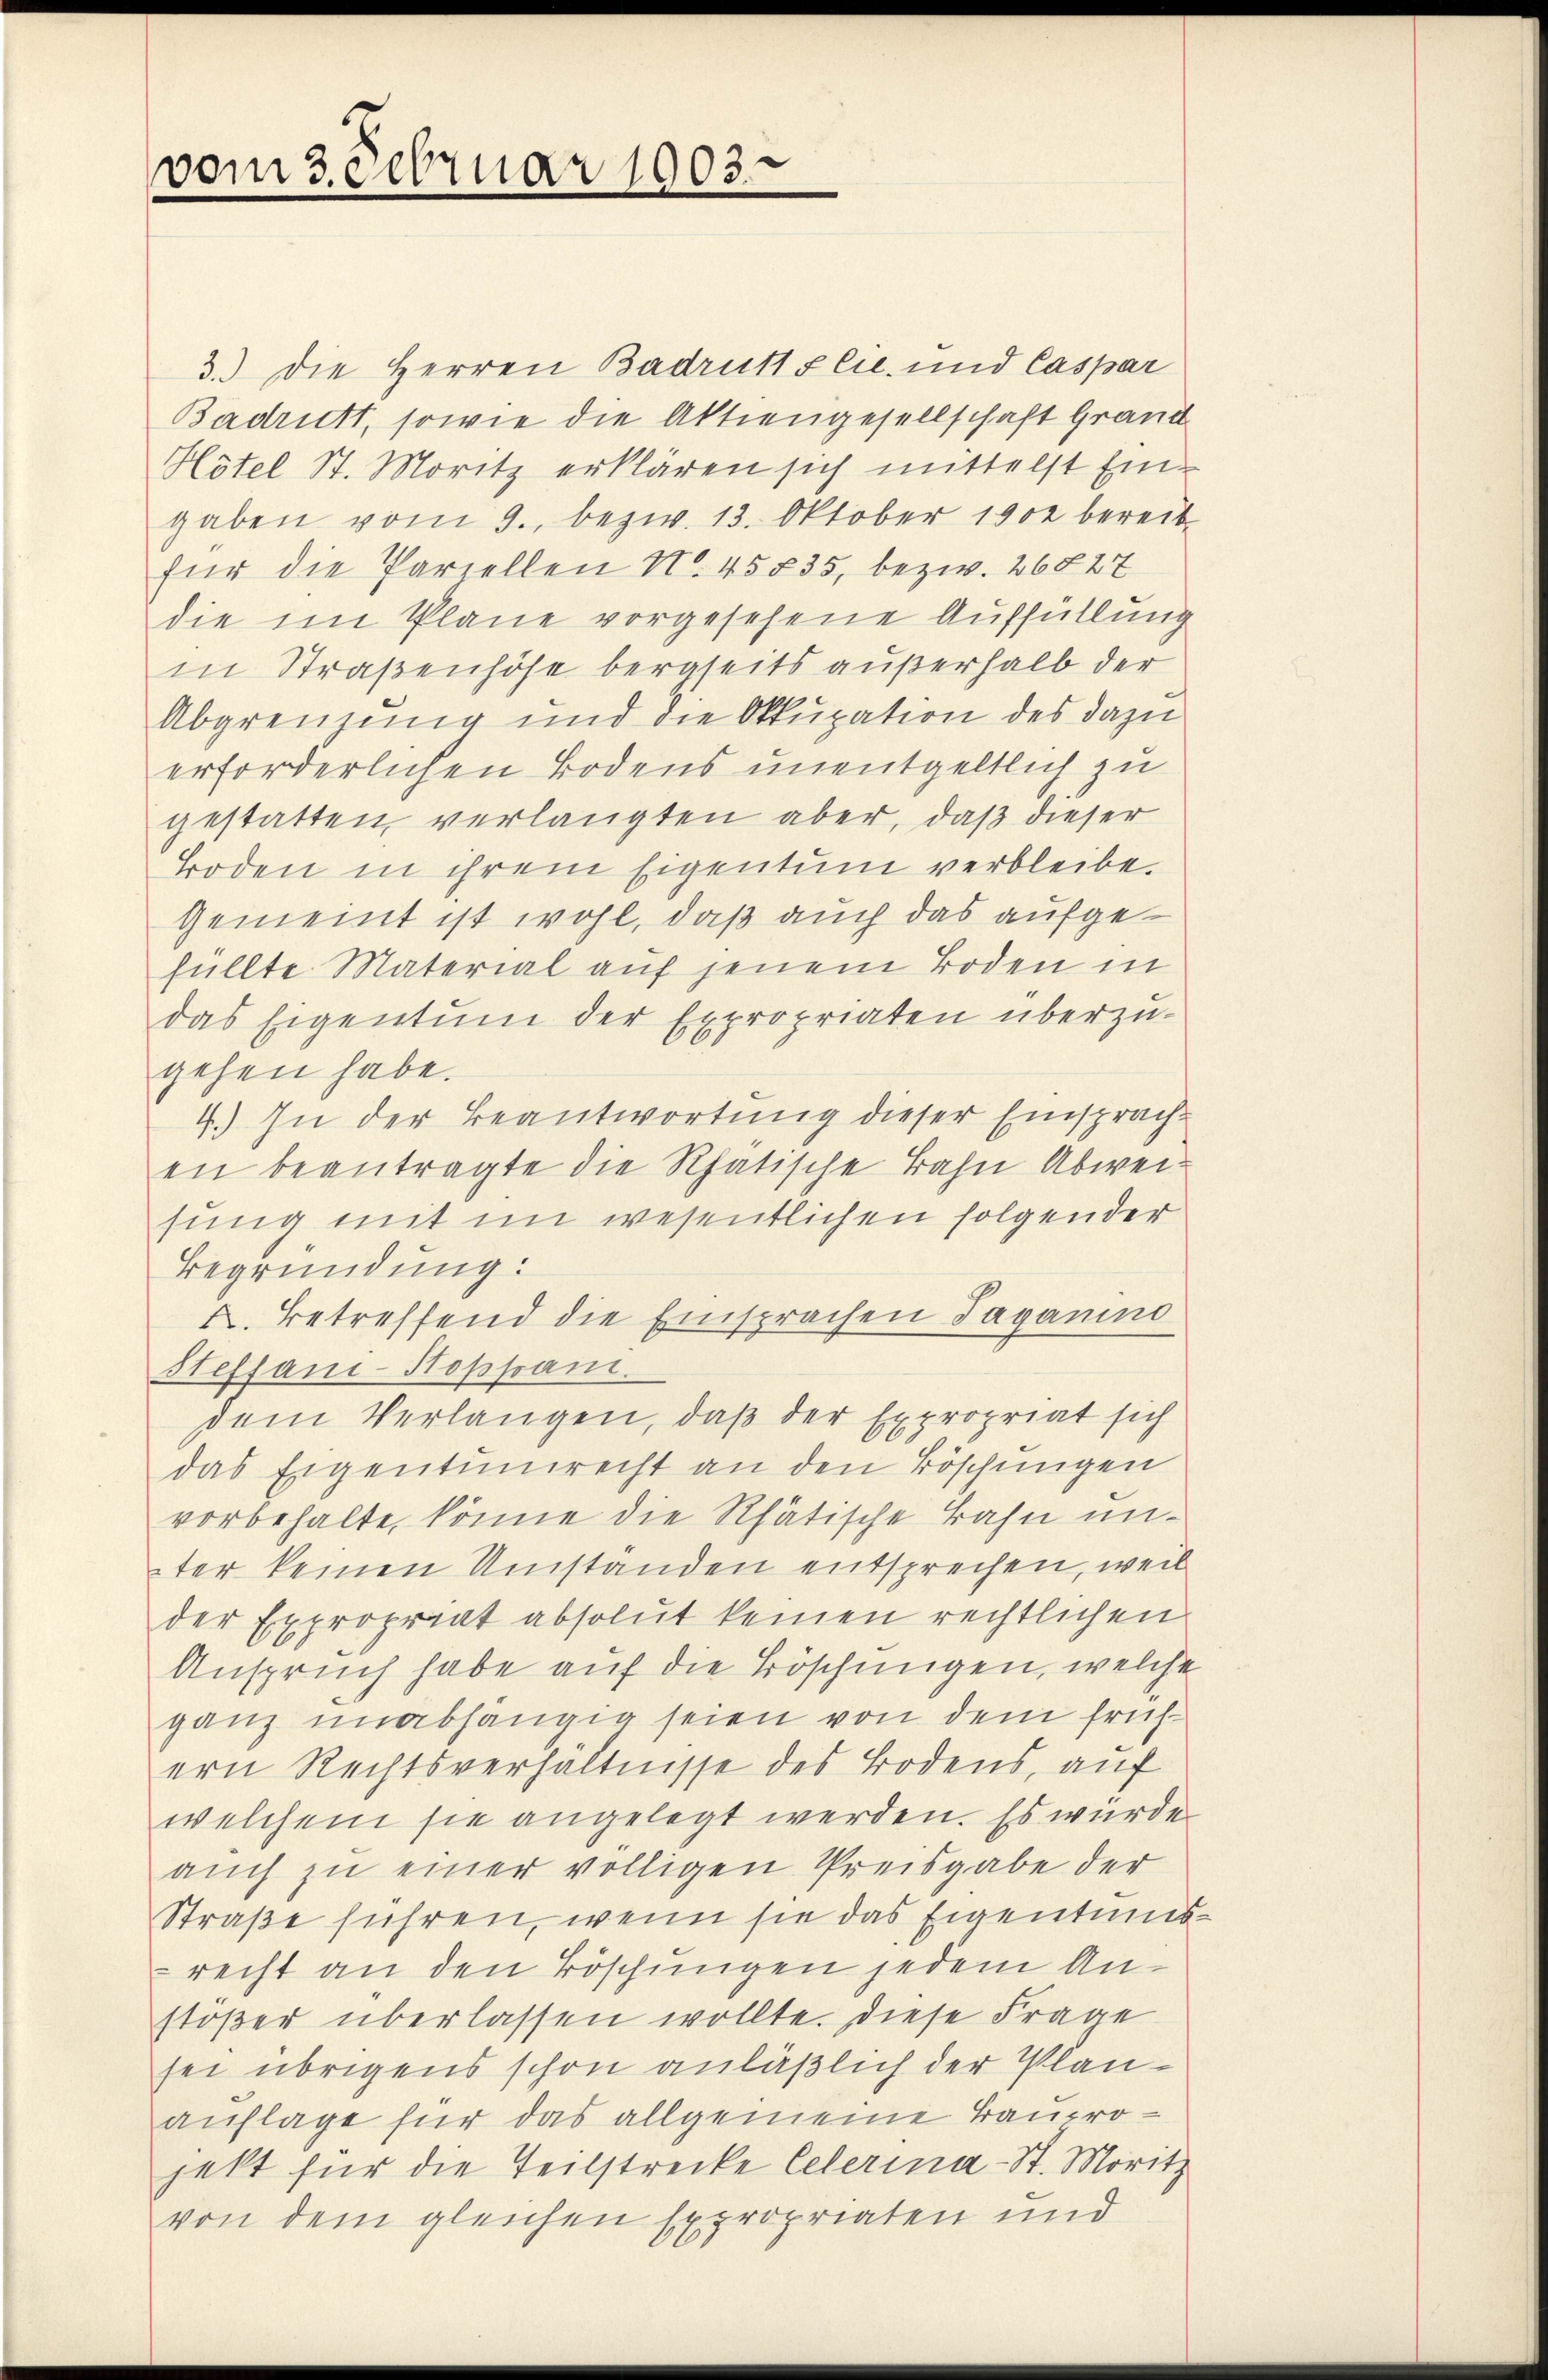
vom 3. Februar 1903.

3.) Die Herren Badruttglie- und Caspar
Badritt, sowie die Aktiengesellschaft Grand
Hotel St. Moritz erklären sich mittelst Eingaben vom 9. bezw. 13. Oktober 1902 bereit
für die Parzellen No. 45835, bezw. 26827
die im Plane vorgesehene Auffüllung
in Straßenhöhe bergseits außerhalb der
Abgrenzung und die Okkupation des dazu
erforderlichen Bodens unentgeltlich zu
gestatten verlangten aber, daß dieser
Boden in ihrem Eigentum verbleibe.
Gemeint ist wohl, daß auch das aufgefüllte Material auf jenem Boden in
das Eigentum der Expropriaten überzu-
gehen habe.
4.) In der Beantwortung dieser Einsprach-
en beantragte die Rhatische Bahn Abweisung mit im wesentlichen folgender
Begründung:
I. Betreffend die Einsprachen Taganino
Steffani-Stoppan.
dem Verlangen, daß der Expropriat sich
das Eigentumrecht an den Böschungen
vorbehalte, könne die Rhätische Bahn unter keinen Umstanden entsprechen, weil
der Expropriat absolut keinen rechtlichen
Anspruch habe auf die Böschungen, welche
ganz unabhängig seien von dem frühern Rechtsverhältnisse des Bodens, auf
welchem sie angelegt werden. Es würde
aŭch zu einer völligen Preisgabe der
Straße führen, wenn sie das Eigentumsrecht an den Böschungen jedem Anstoßer überlassen wollte. Diese Frage
sei übrigens schon anläßlich der Planauflage für das allgemeine Bauprojekt für die Teilstrecke Celerina - St. Moritz
von dem gleichen Expropriaten und